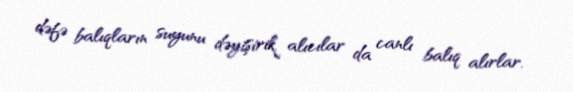
dəfə balıqların suyunu dəyişirik, alıcılar da canlı balıq alırlar.